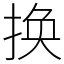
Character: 换